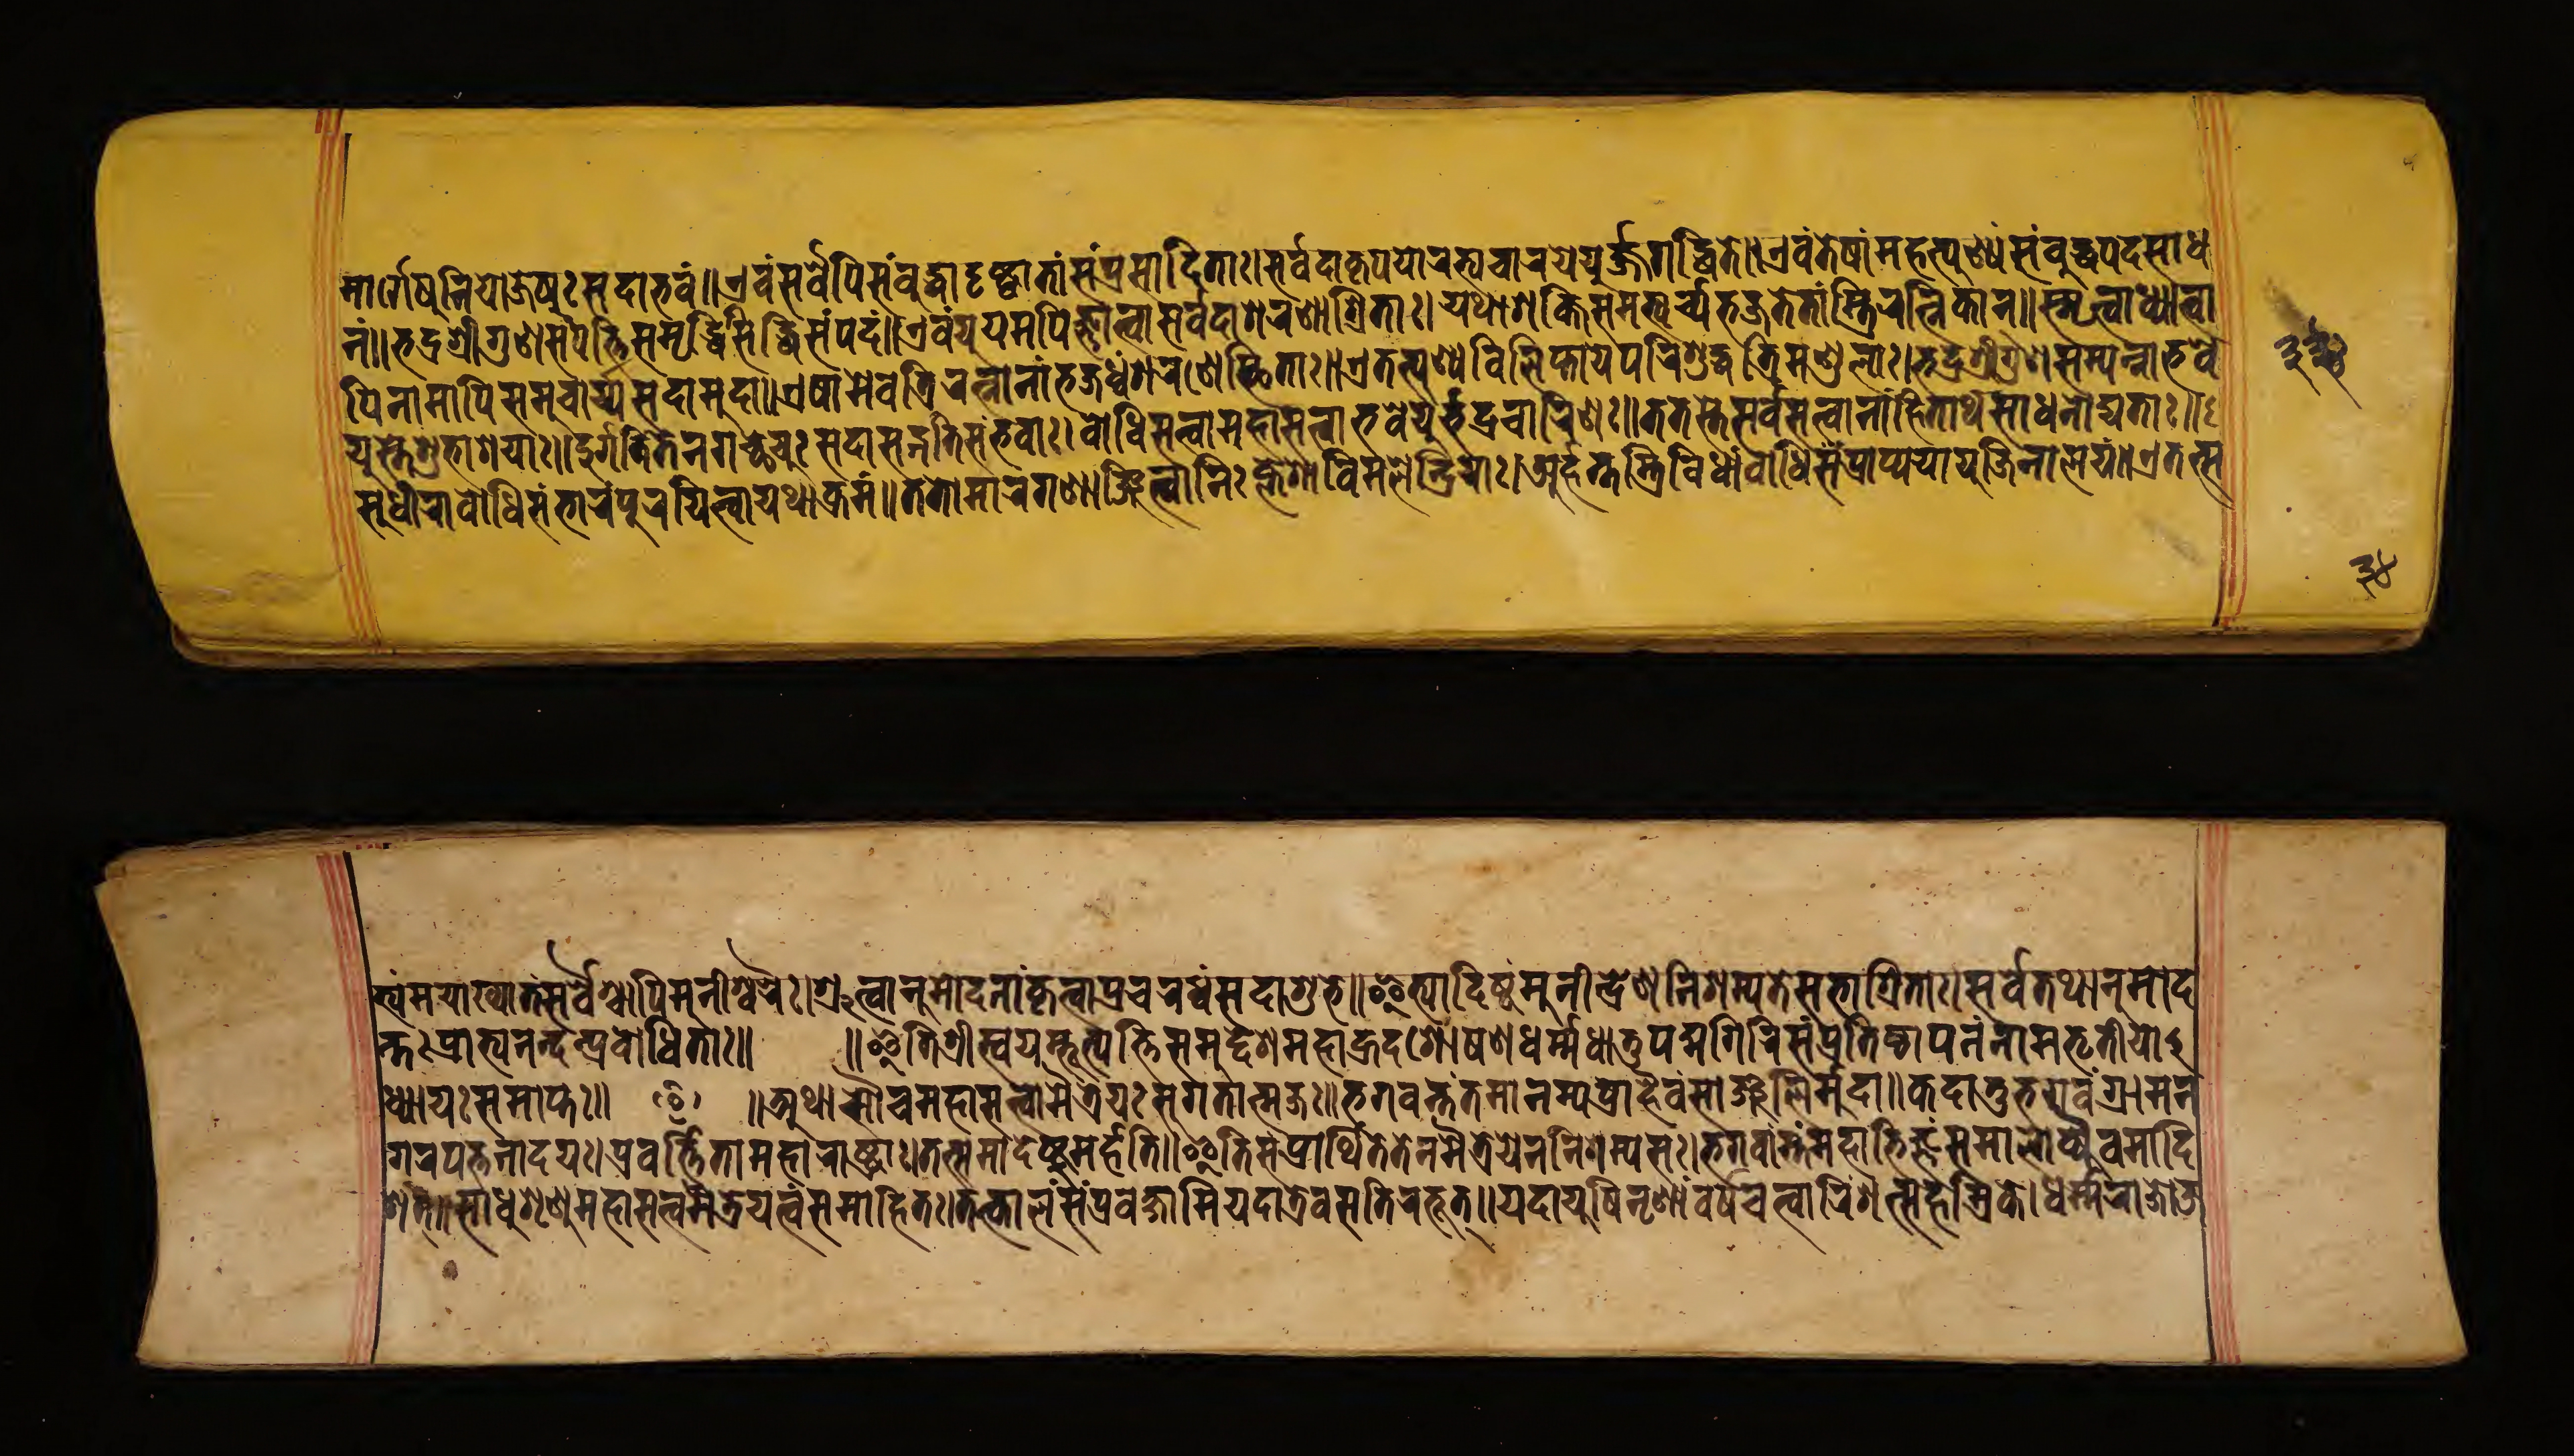
𑐩𑐵𑐬𑑂𑐐𑐾𑐲𑐸𑐣𑐶𑐫𑐵𑐖𑐾𑐫𑐸𑑅𑐳𑐡𑐵𑐨𑐰𑑄॥𑐊𑐰𑑄𑐳𑐬𑑂𑐰𑐾𑐥𑐶𑐳𑑄𑐧𑐸𑐡𑑂𑐢𑐵𑐡𑐺𑐲𑑂𑐚𑑂𑐰𑐵𑐟𑐵𑑄𑐳𑑄𑐥𑑂𑐬𑐳𑐵𑐡𑐶𑐟𑐵𑑅।𑐳𑐬𑑂𑐰𑐡𑐵𑐎𑐺𑐥𑐫𑐵𑐬𑐎𑑂𑐲𑑂𑐫𑐸𑐔𑐵𑐬𑐫𑐾𑐫𑐸𑐬𑑂𑐖𑑂𑐖𑐐𑐡𑑂𑐢𑐶𑐟𑐾॥𑐊𑐰𑑄𑐟𑐾𑐲𑐵𑑄𑐩𑐴𑐟𑑂𑐥𑐸𑐞𑑂𑐫𑑄𑐳𑐩𑑂𑐧𑐸𑐡𑑂𑐢𑐥𑐡𑐳𑐵𑐢 𑐣𑑄॥𑐨𑐡𑑂𑐬𑐱𑑂𑐬𑐷𑐐𑐸𑐞𑐳𑑄𑐥𑐟𑑂𑐟𑐶𑐳𑐩𑐺𑐡𑑂𑐢𑐶𑐳𑐶𑐡𑑂𑐢𑐶𑐳𑑄𑐥𑑂𑐬𑐡𑑄॥𑐊𑐰𑑄𑐫𑐹𑐫𑐩𑐥𑐶𑐖𑑂𑐘𑐵𑐟𑑂𑐰𑐵𑐳𑐬𑑂𑐰𑐡𑐵𑐱𑐬𑐞𑐵𑐱𑑂𑐬𑐶𑐟𑐵𑑅।𑐫𑐠𑐵𑐱𑐎𑑂𑐟𑐶𑐳𑐩𑐨𑑂𑐫𑐬𑑂𑐔𑑂𑐫𑐨𑐖𑐟𑐿𑐟𑐵𑑄𑐳𑑂𑐟𑑂𑐬𑐶𑐬𑐟𑑂𑐣𑐶𑐎𑐵𑐣𑑂॥𑐳𑑂𑐩𑐺𑐟𑑂𑐰𑐵𑐢𑑂𑐫𑐵𑐟𑑂𑐰𑐵 𑐥𑐶𑐣𑐵𑐩𑐵𑐥𑐶𑐳𑐩𑐸𑐔𑑂𑐔𑐵𑐬𑑂𑐫𑐳𑐡𑐵𑐩𑐸𑐡𑐵॥𑐊𑐲𑐵𑐩𑐾𑐰𑐟𑑂𑐬𑐶𑐬𑐟𑑂𑐣𑐵𑐣𑐵𑑄𑐨𑐖𑐢𑑂𑐰𑑄𑐱𑐬𑐞𑐾𑐳𑑂𑐠𑐶𑐟𑐵𑑅॥𑐊𑐟𑐟𑑂𑐥𑐸𑐞𑑂𑐫𑐰𑐶𑐮𑐶𑐥𑑂𑐟𑐵𑐫𑐾𑐥𑐬𑐶𑐱𑐸𑐡𑑂𑐢𑐟𑑂𑐬𑐶𑐩𑐞𑑂𑐜𑐮𑐵𑑅।𑐨𑐡𑑂𑐬𑐱𑑂𑐬𑐷𑐐𑐸𑐞𑐳𑑄𑐥𑐣𑑂𑐣𑐵𑐨𑐰𑐾 𑐳𑑂𑐟𑐾𑐱𑐸𑐨𑐵𑐱𑐫𑐵𑑅॥𑐡𑐸𑐬𑑂𑐐𑐟𑐶𑑄𑐟𑐾𑐣𑐐𑐔𑑂𑐕𑐾𑐫𑐸𑑅𑐳𑐡𑐵𑐳𑐡𑑂𑐐𑐟𑐶𑐳𑑄𑐨𑐰𑐵𑑅।𑐧𑑀𑐢𑐶𑐳𑐟𑑂𑐰𑐵𑐩𑐴𑐵𑐳𑐟𑑂𑐰𑐵𑐨𑐰𑐾𑐬𑑂𑐫𑐸𑐨𑐡𑑂𑐬𑐔𑐵𑐬𑐶𑐞𑑅॥𑐟𑐟𑐳𑑂𑐟𑐾𑐳𑐬𑑂𑐰𑐳𑐟𑑂𑐰𑐵𑐣𑐵𑑄𑐴𑐶𑐟𑐵𑐬𑑂𑐠𑐳𑐵𑐢𑐣𑑀𑐡𑑂𑐫𑐟𑐵𑑅॥ 𑐳𑐸𑐢𑐷𑐬𑐵𑐧𑑀𑐢𑐶𑐳𑐩𑑂𑐨𑐵𑐬𑑄𑐥𑐹𑐬𑐫𑐶𑐟𑑂𑐰𑐵𑐫𑐠𑐵𑐎𑑂𑐬𑐩𑑄॥𑐟𑐟𑑀𑐩𑐵𑐬𑐐𑐞𑐵𑐘𑑂𑐖𑐶𑐟𑑂𑐰𑐵𑐣𑐶𑑅𑐎𑑂𑐮𑐾𑐱𑐵𑐰𑐶𑐖𑐶𑐟𑐾𑐣𑑂𑐡𑑂𑐬𑐶𑐫𑐵𑑅।𑐀𑐬𑑂𑐴𑐣𑑂𑐟𑐟𑑂𑐬𑐶𑐰𑐶𑐢𑐵𑑄𑐧𑑀𑐢𑐶𑑄𑐥𑑂𑐬𑐵𑐥𑑂𑐫𑐫𑐵𑐫𑐸𑐖𑐶𑐣𑐵𑐮𑐫𑑄॥𑐊𑐟𑐳𑑂𑐳 𑐨𑑂𑐰𑑄𑐩𑐫𑐵𑐏𑑂𑐫𑐵𑐟𑑄𑐳𑐬𑑂𑐰𑐿𑐬𑐥𑐶𑐩𑐸𑐣𑐷𑐱𑑂𑐰𑐬𑐿𑑅।𑐱𑑂𑐬𑐸𑐟𑑂𑐰𑐵𑐣𑐸𑐩𑑀𑐡𑐣𑐵𑑄𑐎𑐺𑐟𑑂𑐰𑐵𑐥𑑂𑐬𑐔𑐬𑐢𑑂𑐰𑑄𑐳𑐡𑐵𑐱𑐸𑐨𑐾॥𑐂𑐟𑑂𑐫𑐵𑐡𑐶𑐲𑑂𑐚𑑄𑐩𑐸𑐣𑐷𑐣𑑂𑐡𑑂𑐬𑐾𑐞𑐣𑐶𑐱𑐩𑑂𑐫𑐟𑐾𑐳𑐨𑐵𑐱𑑂𑐬𑐶𑐟𑐵𑑅।𑐳𑐬𑑂𑐰𑐾𑐟𑐠𑐵𑐣𑐸𑐩𑑀𑐡 𑐐𑐬𑐥𑐒𑐎𑑂𑐟𑐵𑐡𑐫𑑅।𑐥𑑂𑐬𑐰𑐬𑑂𑐟𑑂𑐟𑐶𑐟𑐵𑐩𑐴𑐵𑐬𑐵𑐲𑑂𑐚𑑂𑐬𑐵𑑅𑐟𑐟𑑂𑐳𑐩𑐵𑐡𑐾𑐲𑑂𑐚𑐸𑐩𑐬𑑂𑐴𑐟𑐶॥𑐂𑐟𑐶𑐳𑑄𑐥𑑂𑐬𑐵𑐬𑑂𑐠𑐶𑐟𑐾𑐟𑐾𑐣𑐩𑐿𑐟𑑂𑐬𑐾𑐫𑐾𑐣𑐣𑐶𑐱𑐳𑑂𑐫𑐳𑑅।𑐨𑐐𑐰𑐵𑐣𑑂𑐟𑑄𑐩𑐴𑐵𑐨𑐶𑐖𑑂𑐘𑑄𑐳𑐩𑐵𑐮𑑀𑐎𑑂𑐫𑐿𑐰𑐩𑐵𑐡𑐶 𑐣𑑂𑐟𑑅𑐥𑑂𑐬𑐵𑐥𑑂𑐫𑐵𑐣𑐣𑑂𑐡𑐟𑑂𑐥𑑂𑐬𑐰𑑀𑐢𑐶𑐟𑐵𑑅॥ ॥𑐂𑐟𑐶𑐱𑑂𑐬𑐷𑐳𑑂𑐰𑐫𑐩𑑂𑐨𑐹𑐟𑑂𑐥𑐟𑑂𑐟𑐶𑐳𑐩𑐸𑐡𑑂𑐡𑐾𑐱𑐩𑐴𑐵𑐴𑑂𑐬𑐡𑐱𑑀𑐲𑐞𑐢𑐬𑑂𑐩𑑂𑐩𑐢𑐵𑐟𑐸𑐥𑐡𑑂𑐩𑐐𑐶𑐬𑐶𑐳𑑄𑐥𑑂𑐬𑐟𑐶𑐳𑑂𑐠𑐵𑐥𑐣𑑄𑐣𑐵𑐩𑐟𑐺𑐟𑐷𑐫𑑀 𑐢𑑂𑐫𑐵𑐫𑑅𑐳𑐩𑐵𑐥𑑂𑐟𑑅॥ ॰ ॥𑐀𑐠𑐵𑐳𑑁𑐠𑐩𑐴𑐵𑐳𑐟𑑂𑐟𑑂𑐰𑐩𑐿𑐟𑑂𑐬𑐾𑐫𑐳𑐸𑐐𑐟𑐵𑐟𑑂𑐩𑐖𑑅। 𑐨𑐐𑐰𑐣𑑂𑐟𑐣𑑂𑐟𑐩𑐵𑐣𑑄𑐩𑑂𑐫𑐥𑑂𑐬𑐵𑐴𑐿𑐰𑑄𑐳𑐵𑐘𑑂𑐖𑐮𑐶𑐩𑐸𑐡𑑂𑐬𑐵॥𑐎𑐡𑐵𑐟𑑂𑐬𑐨𑐐𑐰𑐵𑐣𑑂𑐐𑑂𑐬𑐵𑐩𑐣 𑐱𑐟𑑂॥𑐳𑐵𑐢𑐸𑐱𑐺𑐞𑐸𑐩𑐴𑐵𑐳𑐟𑑂𑐟𑑂𑐰𑐩𑐿𑐟𑑂𑐬𑐾𑐫𑐟𑑂𑐰𑑄𑐳𑐩𑐵𑐴𑐶𑐟𑑅।𑐟𑐟𑑂𑐎𑐵𑐮𑑄𑐳𑑄𑐥𑑂𑐬𑐰𑐎𑑂𑐲𑑂𑐫𑐵𑐩𑐶𑐫𑐡𑐵𑐟𑑂𑐬𑐰𑐳𑐟𑐶𑐬𑐨𑐹𑐟𑑂॥𑐫𑐡𑐵𑐫𑐸𑐲𑑂𑐣𑐺𑐞𑐵𑑄𑐰𑐬𑑂𑐲𑐔𑐟𑑂𑐰𑐵𑐬𑐶𑐱𑐟𑑂𑐳𑐴𑐳𑑂𑐬𑐎𑐾।𑐢𑐬𑑂𑐩𑑂𑐩𑐬𑐵𑐖𑑀𑐖 𑑓𑑓𑑔 𑑓𑑔